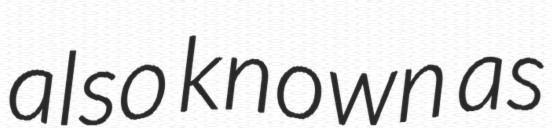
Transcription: also known as